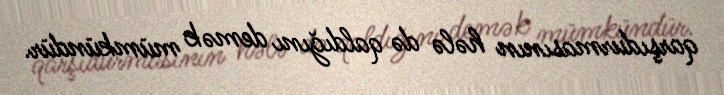
qarşıdurmasının hələ də qaldığını demək mümkündür.